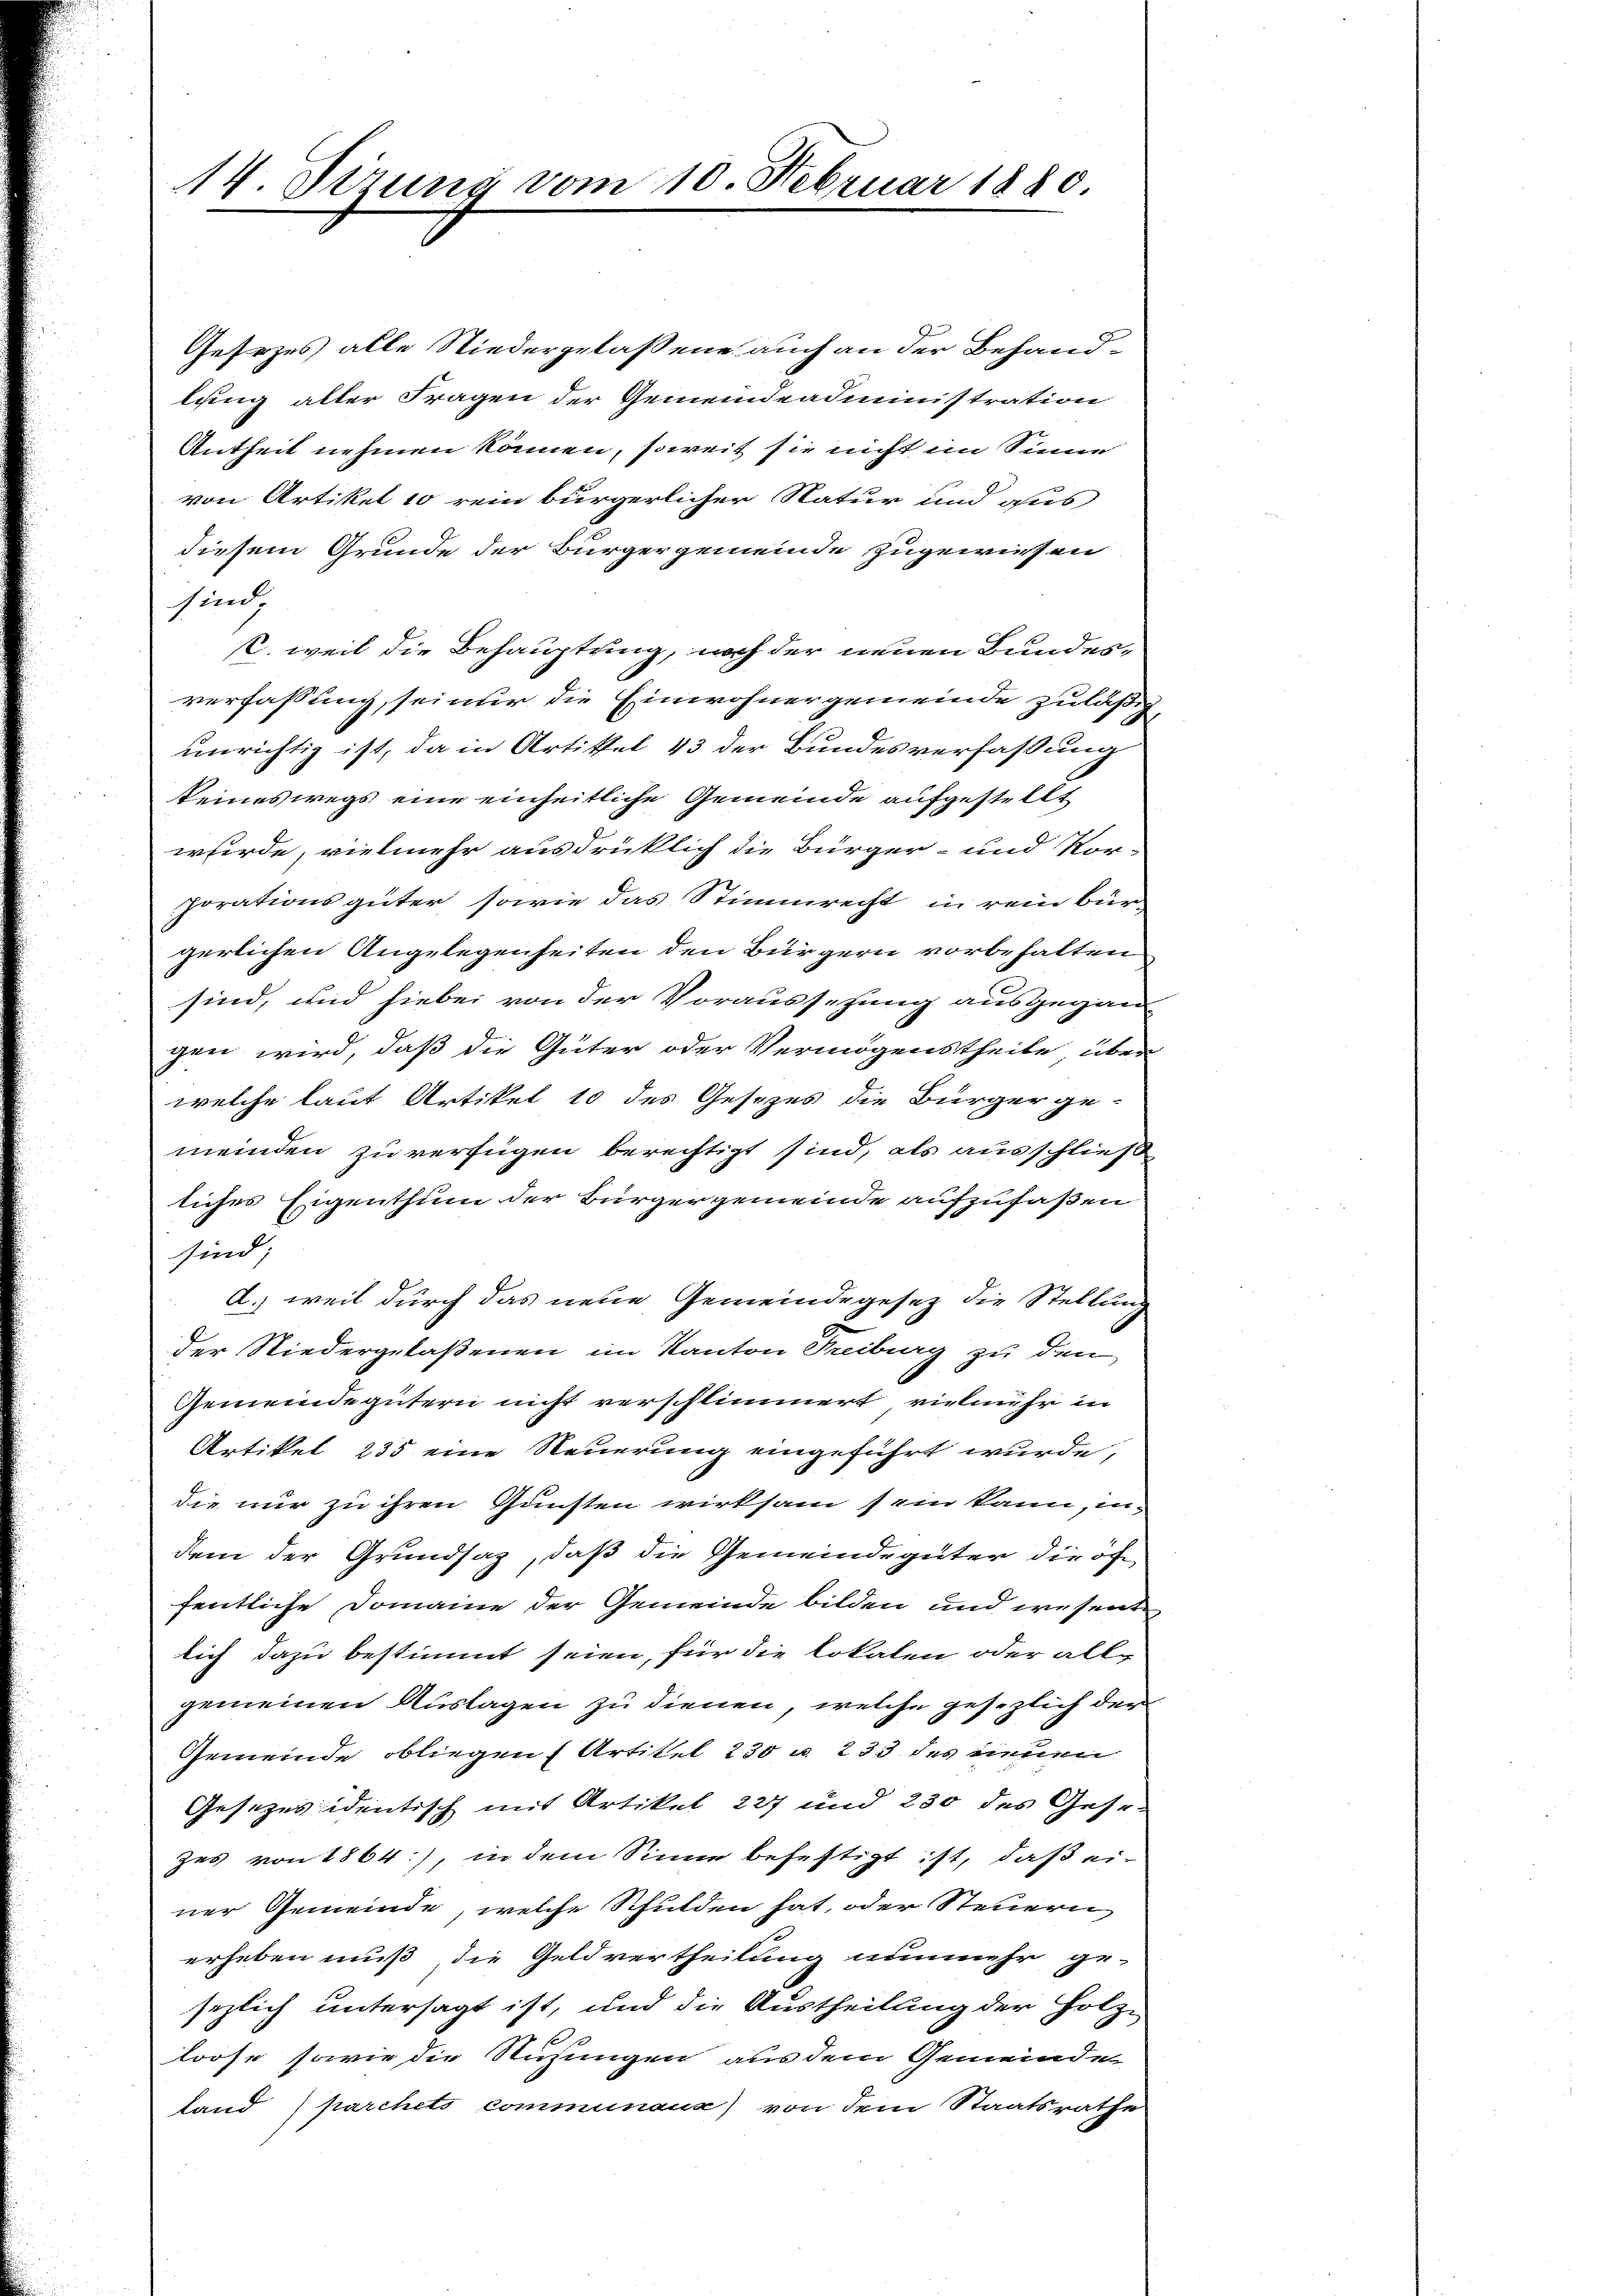
14. Sizung vom 10. Februar 1880.

Gesezes alle Niedergelassene auch an der Behandlung aller Fragen der Gemeindeadministration
Antheit nehmen können, soweit sie nicht im Sinne
von Artikel 10 rein bürgerlicher Natur und aus
diesem Grunde der Bürgergemeinde zugewiesen
sind
C. weil die Behauptung, noch der neuen Bundesverfassung, sei nur die Einwohnergemeinde zuläßig
unrichtig ist, da in Artikel 13 der Bundesverfaßung
keineswegs eine einheitliche Gemeinde aufgestellt
wurde, vielmehr ausdrücklich die Bürger- und Vor-
porationsgüter sowie das Stimmrecht in rein bür-
gerlichen Angelegenheiten den Bürgern vorbehalten
sind, und hiebei von der Voraussetzung ausgegan
gen wird, daß die Güter oder Vermögenstheile, über
welche laut Artikel 10 des Gesezes die Bürger ge-
meinden zu verfügen berechtigt sind, als ausschließ
liches Eigenthum der Bürgergemeinde aufzufaßen
sind,
d.) weil durch das neue Gemeindegesez die Stellung
der Niedergelaßenen im Kanton Freiburg zu den
Gemeindegütern nicht verschlimmert vielmehr in
Artikel 235 eine Neuerung eingeführt wurde,
die nur zu ihren Gunsten wirksam sein kann, indem der Grundsaz, daß die Gemeindegüter die öf
fentliche Domaine der Gemeinde bilden und wesent
lich dazu bestimmt seien, für die lokalen oder allg
gemeinen Auslagen zu dienen, welche gesezlich der
Gemeinde obliegen Artikel 230 u. 233 des neuen
Gesezesidentisch mit Artikel 227 und 230 des Gesezes von 1864), in dem Sinne befestigt ist, daß ei-
ner Gemeinde, welche Schulden hat, oder Steuern
erheben muß, die Geldvertheilung nunmehr ge-
sezlich untersagt ist, und die Austheilung der Holz-
1
loose sowie die Stichungen aus dem Gemeinde
land (parchets communaux) von dem Staatsrathe